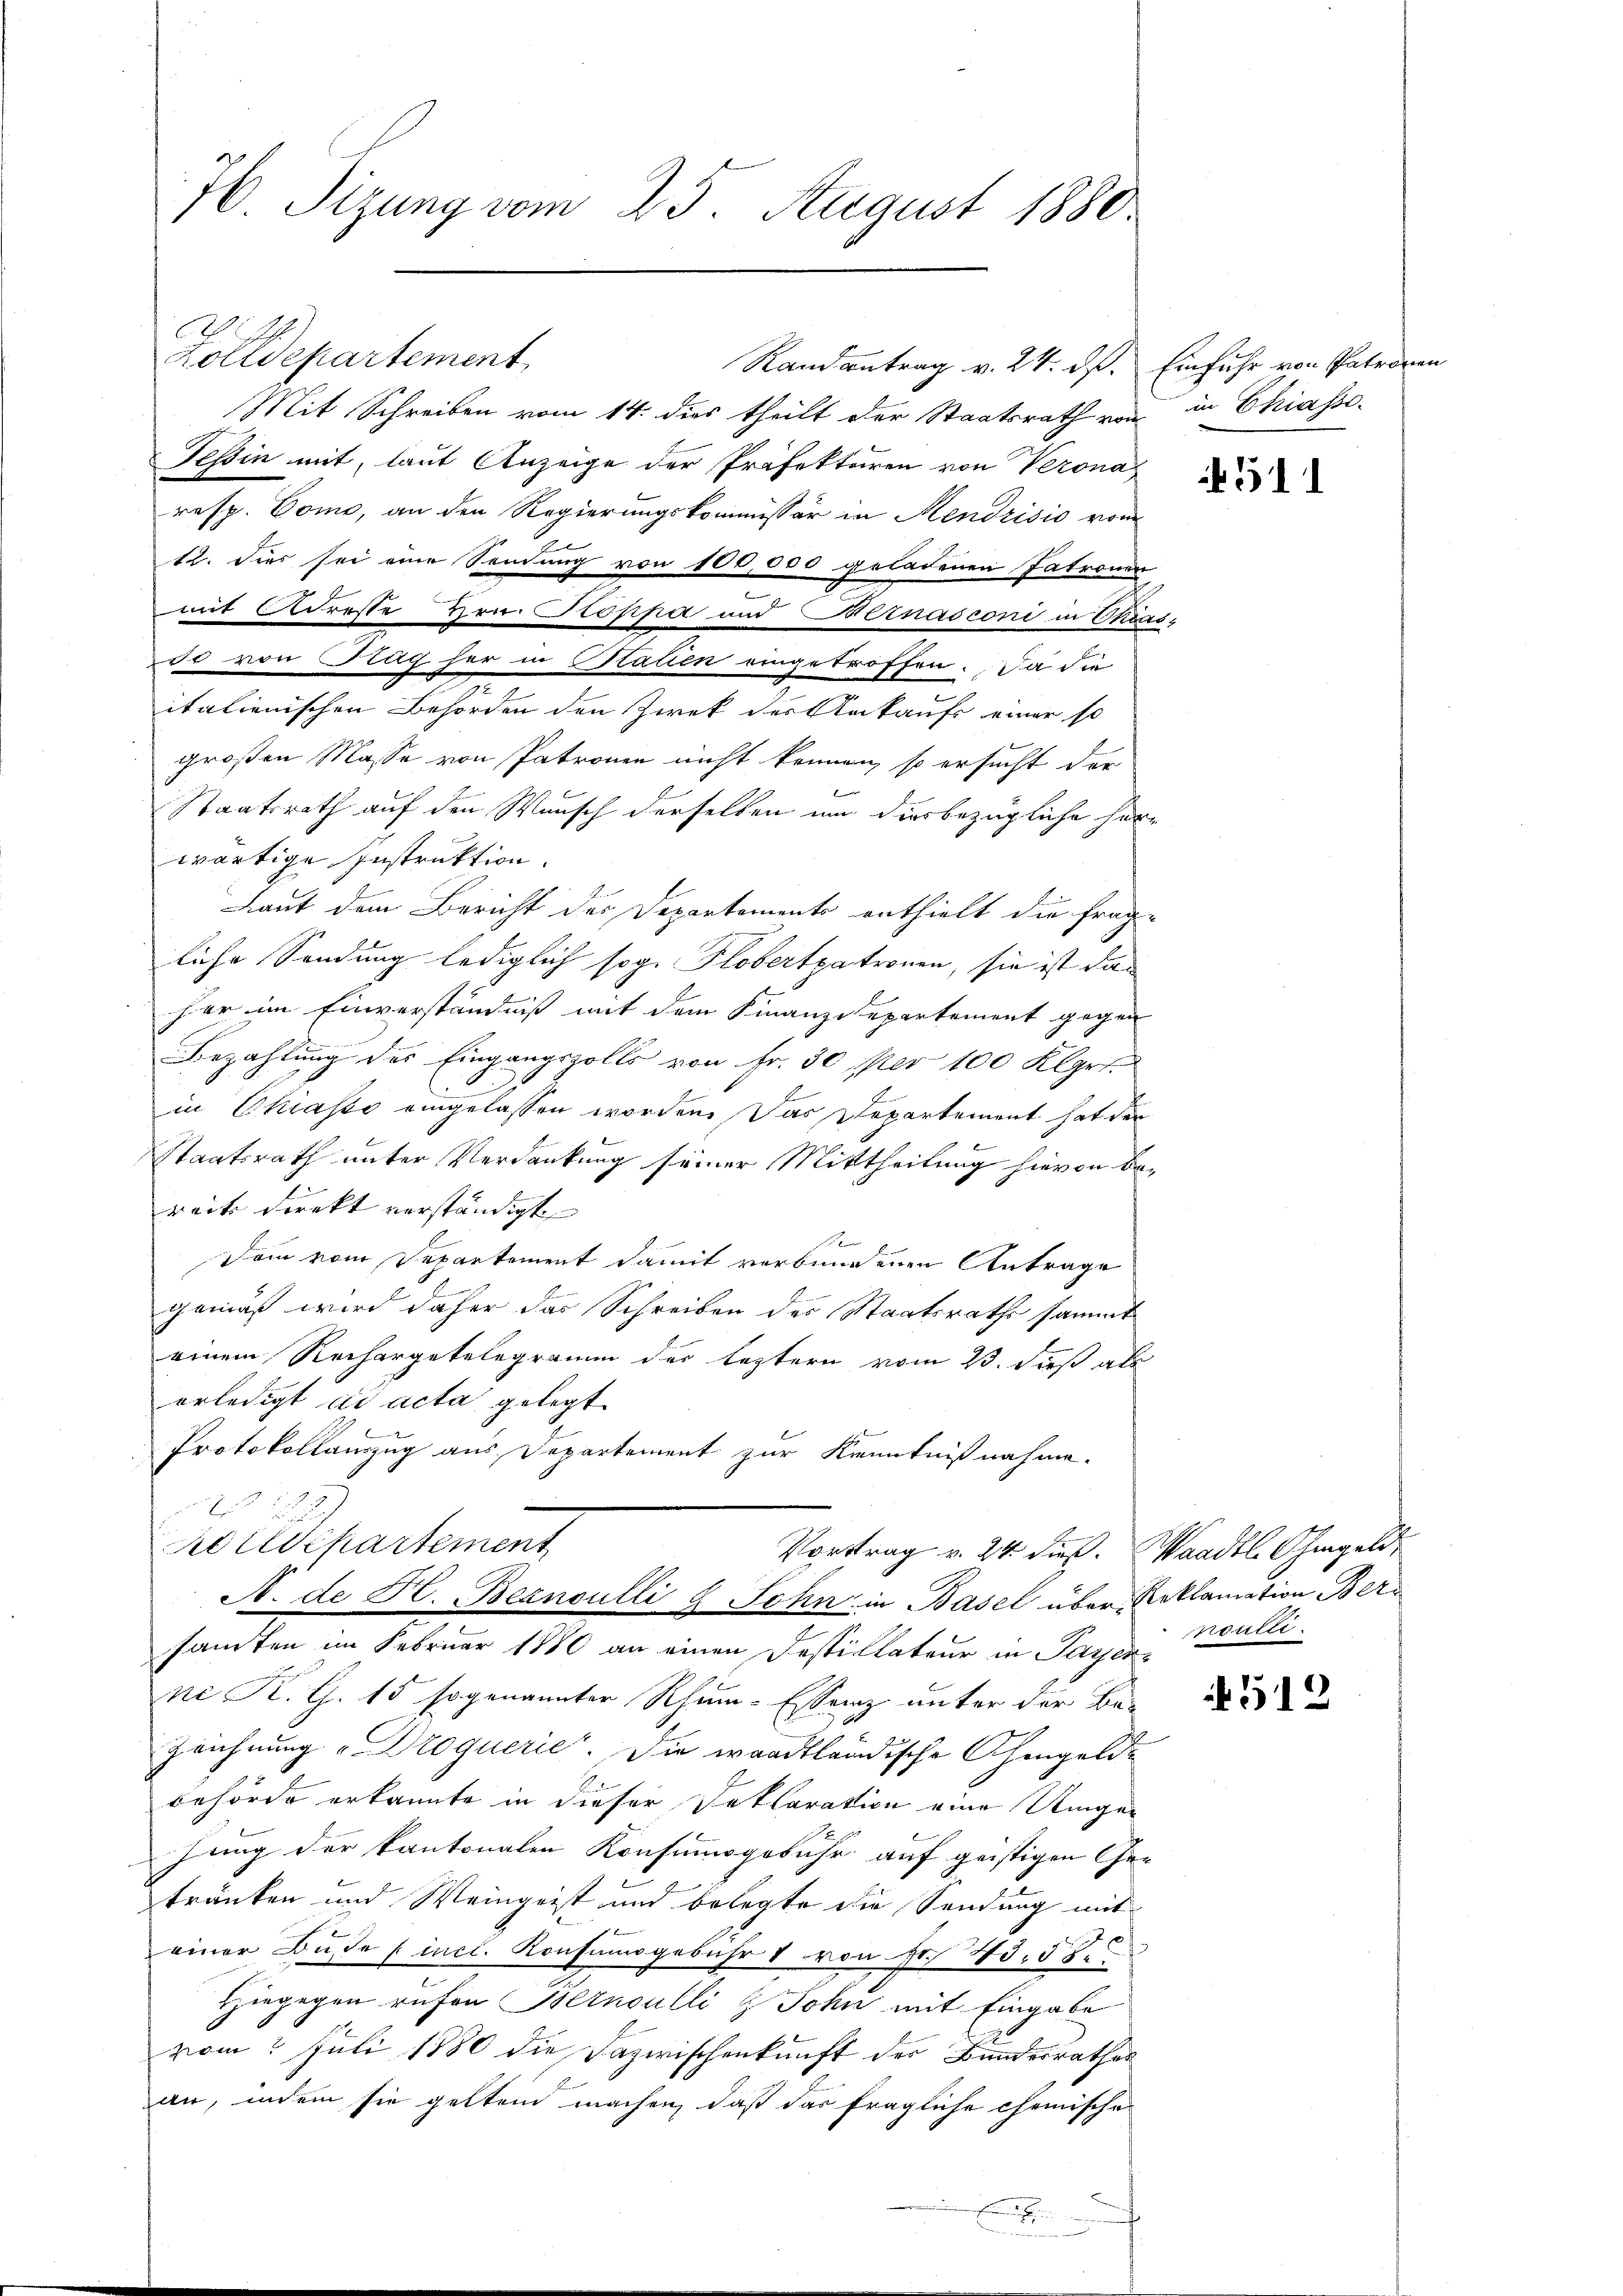
76 Sizung vom 25. August 1880.

620
Zolldepartement
Mit Schreiben vom 14. dies theilt der Staatsrath von in Chiasso¬
Tessin mit, laut Anzeige der Präfekturen von Verona
resp. Como, an den Regierungskommissär in Mendrisis vom
12. Dies sei eine Sendung von 100,000 geladenen Patronen
mit Adresse Hrn. Proppa und Bernasconi in Chias-
50 von Tag her in Statien eingetroffen. Da die
.
italienischen Behörden den Zwek des Ankaufs einer so
großen Masse von Patronen nicht kennen, so ersucht der
Staatsrath auf den Wunsch derselben um diesbezügliche Horwärtige Instruktion.
Laut dem Bericht des Departements enthielt die frag-
liche Sendung lediglich sog. Plobertpatronen, sie ist das
har im Einverständniß mit dem Finanzdepartement gegen
Bezahlung des Eingangszolls von Fr. 30 per 100 Klprt.
in Chiasso eingelassen worden. Das Departement hat der
Staatsrath unter Verdankung seiner Mittheilung hievon bereits direkt verständigt |
n
Den vom Departement damit verbundenen Antrage
gemäß wird daher das Schreiben des Staatsraths sammt
einem Rechargetelegramm der leztern vom 23. dieß als
erledigt ad acta gelegt.
Protokollauszug aus Departement zur Kenntnißnahme.
u
Zolldepartement
Vortrag v. 24. dieß. Waadt Ohmgeld,
A. de Hr. Bernoulli & Sohn in Basel über Reklamation Bez
santen im Februar 1880 an einen Festillateur in Payerne K. G. 15 sogenannter Rhum-Essenz unter der Be-
Zeichnung „Droquerie. Die waadtländische Schingelde
Behörde erkannte in dieser Deklaration eine Umge¬
Jung der kantonalen Konsumsgebühr auf geistigen Getränken und Weingeist und belegte die Sendung mit
einer Buße (incl. Konsumsgebühr v von Fr. 45. 58.
Hiegegen rufen Bernoulli & John mit Eingabe
vom 5 Juli 1880 die Dazwischenkunft der Bundesrathes
an, indem sie geltend machen, daß das fragliche chemische
e

Randantrag v. 24. ds. Einfuhr von Patronen

511

nortet.

512